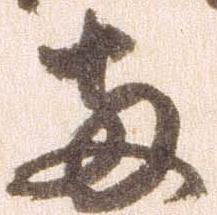
両